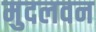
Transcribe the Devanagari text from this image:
मुदलवन